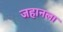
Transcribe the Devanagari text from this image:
जहानला